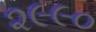
૨૯૯૦